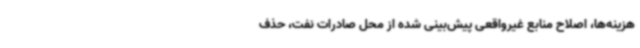
هزینه‌ها، اصلاح منابع غیرواقعی پیش‌بینی شده از محل صادرات نفت، حذف